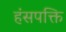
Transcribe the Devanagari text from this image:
हंसपक्ति